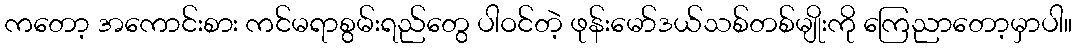
ကတော့ အကောင်းစား ကင်မရာစွမ်းရည်တွေ ပါဝင်တဲ့ ဖုန်းမော်ဒယ်သစ်တစ်မျိုးကို ကြေညာတော့မှာပါ။